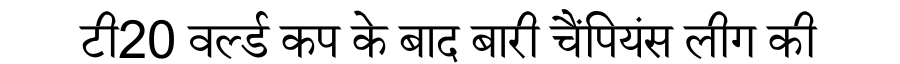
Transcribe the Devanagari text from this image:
टी20 वर्ल्ड कप के बाद बारी चैंपियंस लीग की